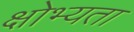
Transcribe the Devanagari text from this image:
क्षोभ्यता